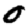
Digit: 0